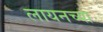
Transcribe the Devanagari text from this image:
लायनच्या